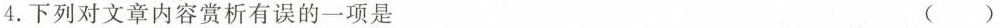
4.下列对文章内容赏析有误的一项是()